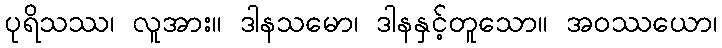
ပုရိသဿ၊ လူအား။ ဒါနသမော၊ ဒါနနှင့်တူသော။ အဝဿယော၊